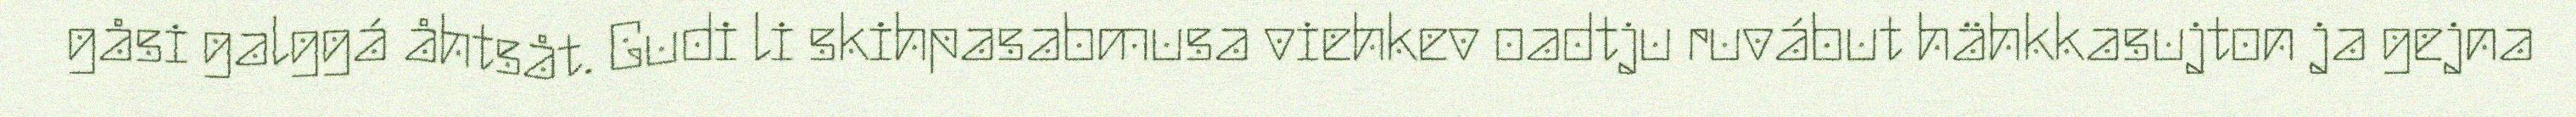
gåsi galggá åhtsåt. Gudi li skihpasabmusa viehkev oadtju ruvábut hähkkasujton ja gejna